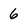
Character: 6